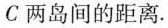
C两岛间的距离.